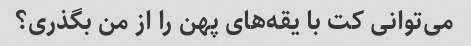
می‌توانی کت با یقه‌های پهن را از من بگذری؟